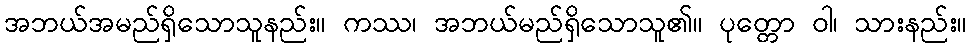
အဘယ်အမည်ရှိသောသူနည်း။ ကဿ၊ အဘယ်မည်ရှိသောသူ၏။ ပုတ္တော ဝါ၊ သားနည်း။